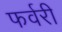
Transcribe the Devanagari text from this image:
फर्वरी